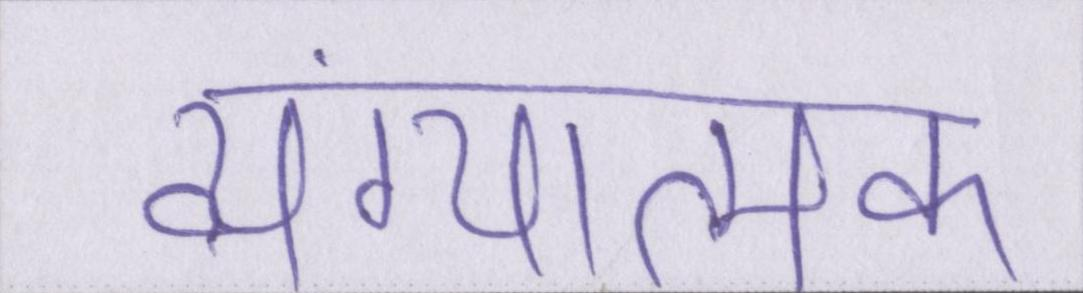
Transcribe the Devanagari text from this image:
व्यंग्यात्मक